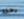
رحلة